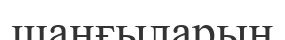
шаңғыларын